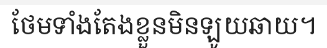
ថែមទាំងតែងខ្លួនមិនឡូយឆាយ។